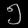
Digit: ၅